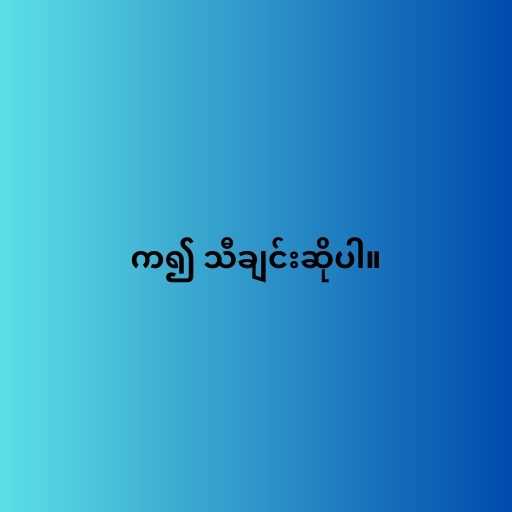
က၍ သီချင်းဆိုပါ။